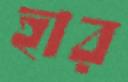
হার